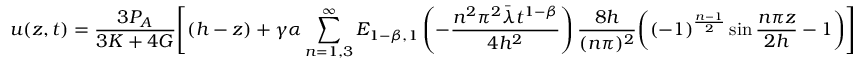
u ( z , t ) = \frac { 3 P _ { A } } { 3 K + 4 G } \Bigg [ ( h - z ) + \gamma \alpha \sum _ { n = 1 , 3 } ^ { \infty } E _ { 1 - \beta , 1 } \left( - { \frac { n ^ { 2 } \pi ^ { 2 } \bar { \lambda } t ^ { 1 - \beta } } { 4 h ^ { 2 } } } \right) \frac { 8 h } { ( n \pi ) ^ { 2 } } \bigg ( ( - 1 ) ^ { \frac { n - 1 } { 2 } } \sin \frac { n \pi z } { 2 h } - 1 \bigg ) \Bigg ]